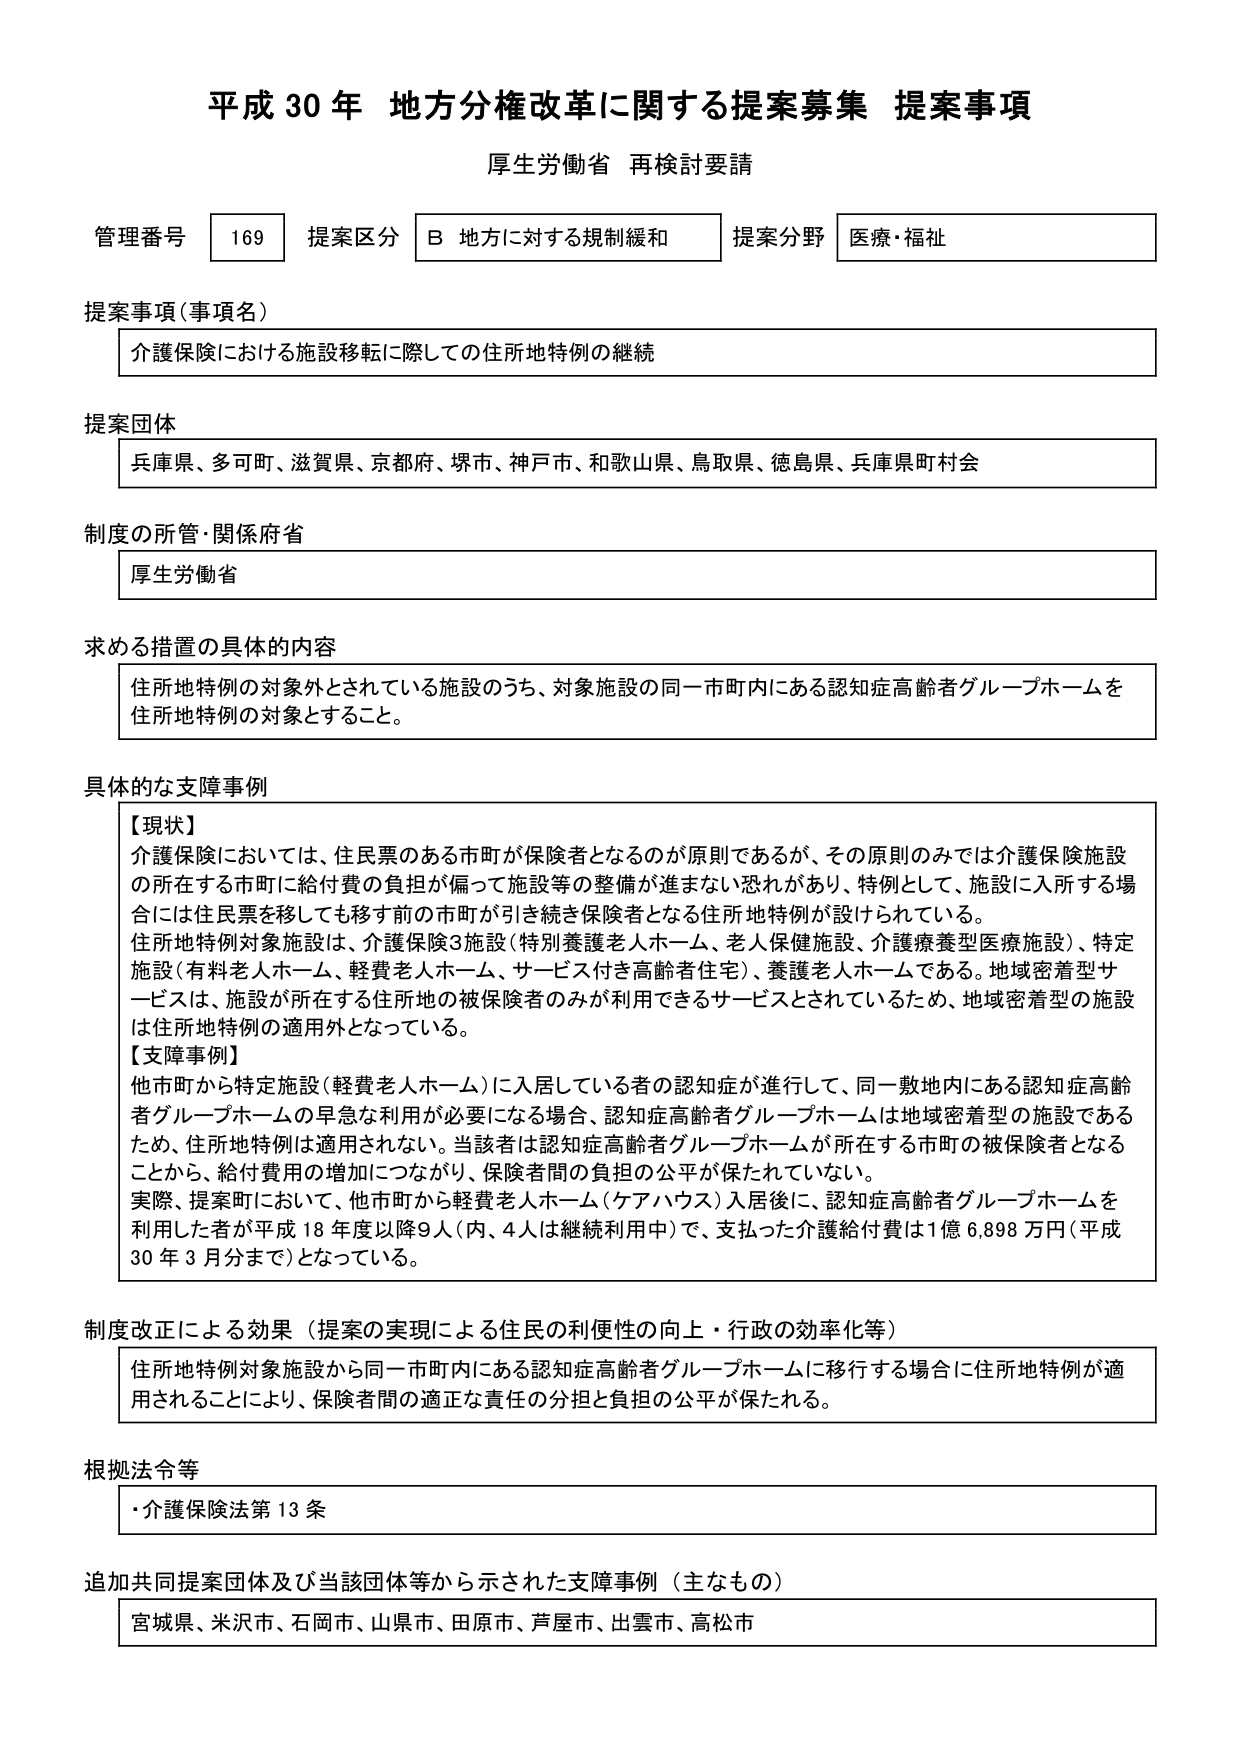
平成30年 地方分権改革に関する提案募集 提案事項
厚生労働省 再検討要請

管理番号 169 提案区分 B 地方に対する規制緩和 提案分野 医療・福祉

提案事項（事項名）
介護保険における施設移転に際しての住所地特例の継続

提案団体
兵庫県、多可町、滋賀県、京都府、堺市、神戸市、和歌山県、鳥取県、徳島県、兵庫県町村会

制度の所管・関係府省
厚生労働省

求める措置の具体的内容
住所地特例の対象外とされている施設のうち、対象施設の同一市町内にある認知症高齢者グループホームを住所地特例の対象とすること。

具体的な支障事例
【現状】
介護保険においては、住民票のある市町が保険者となるのが原則であるが、その原則のみでは介護保険施設の所在する市町に給付費の負担が偏って施設等の整備が進まない恐れがあり、特例として、施設に入所する場合には住民票を移しても移す前の市町が引き続き保険者となる住所地特例が設けられている。
住所地特例対象施設は、介護保険3施設（特別養護老人ホーム、老人保健施設、介護療養型医療施設）、特定施設（有料老人ホーム、軽費老人ホーム、サービス付き高齢者住宅）、養護老人ホームである。地域密着型サービスは、施設が所在する住所地の被保険者のみが利用できるサービスとされているため、地域密着型の施設は住所地特例の適用外となっている。
【支障事例】
他市町から特定施設（軽費老人ホーム）に入居している者の認知症が進行して、同一敷地内にある認知症高齢者グループホームの早急な利用が必要になる場合、認知症高齢者グループホームは地域密着型の施設であるため、住所地特例は適用されない。当該者は認知症高齢者グループホームが所在する市町の被保険者となることから、給付費用の増加につながり、保険者間の負担の公平が保たれていない。
実際、提案町において、他市町から軽費老人ホーム（ケアハウス）入居後に、認知症高齢者グループホームを利用した者が平成18年度以降9人（内、4人は継続利用中）で、支払った介護給付費は1億6,898万円（平成30年3月分まで）となっている。

制度改正による効果（提案の実現による住民の利便性の向上・行政の効率化等）
住所地特例対象施設から同一市町内にある認知症高齢者グループホームに移行する場合に住所地特例が適用されることにより、保険者間の適正な責任の分担と負担の公平が保たれる。

根拠法令等
・介護保険法第13条

追加共同提案団体及び当該団体等から示された支障事例（主なもの）
宮城県、米沢市、石岡市、山県市、田原市、芦屋市、出雲市、高松市